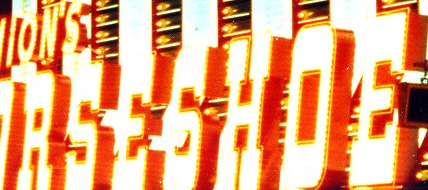
RSESHOE